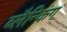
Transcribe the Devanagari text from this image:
ब्लैन्किंग